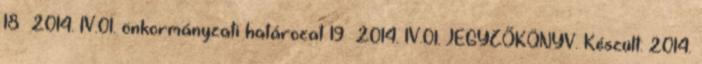
18 2014. IV.01. önkormányzati határozat 19 2014. IV.01. JEGYZŐKÖNYV. Készült: 2014.